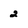
Character: 2